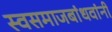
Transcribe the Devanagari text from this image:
स्वसमाजबांधवांनी